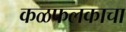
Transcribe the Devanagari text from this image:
कळफलकाचा